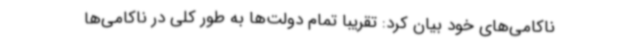
ناکامی‌های خود بیان کرد: تقریبا تمام دولت‌ها به طور کلی در ناکامی‌ها